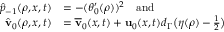
\begin{array} { r l } { \hat { p } _ { - 1 } ( \rho , x , t ) } & { = - ( \theta _ { 0 } ^ { \prime } ( \rho ) ) ^ { 2 } \quad \mathrm { a n d } } \\ { \hat { \mathbf { v } } _ { 0 } ( \rho , x , t ) } & { = \overline { { \mathbf { v } } } _ { 0 } ( x , t ) + \mathbf { u } _ { 0 } ( x , t ) d _ { \Gamma } \big ( \eta ( \rho ) - \frac { 1 } { 2 } \big ) } \end{array}